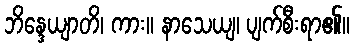
ဘိန္ဒေယျာတိ၊ ကား။ နာသေယျ၊ ပျက်စီးရာ၏။